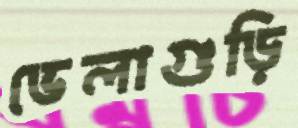
ভেলাগুড়ি